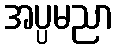
အပ္ပမညာ